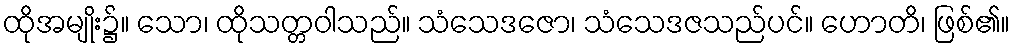
ထိုအမျိုး၌။ သော၊ ထိုသတ္တဝါသည်။ သံသေဒဇော၊ သံသေဒဇသည်ပင်။ ဟောတိ၊ ဖြစ်၏။